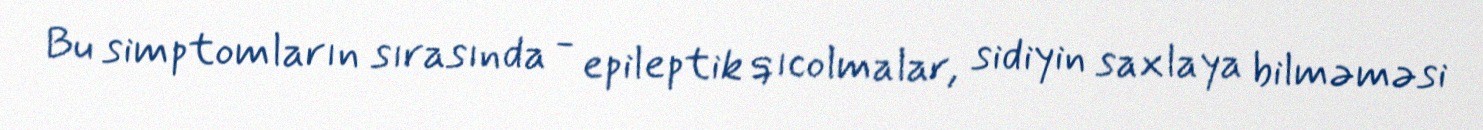
Bu simptomların sırasında - epileptik qıcolmalar, sidiyin saxlaya bilməməsi